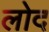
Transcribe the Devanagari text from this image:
लोद